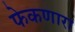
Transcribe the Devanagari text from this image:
फेकणारा